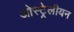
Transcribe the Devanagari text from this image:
ओस्ट्रेलीयन